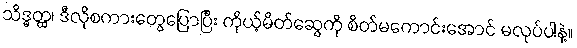
သိဒ္ဓတ္ထ၊ ဒီလိုစကားတွေပြောပြီး ကိုယ့်မိတ်ဆွေကို စိတ်မကောင်းအောင် မလုပ်ပါနဲ့။